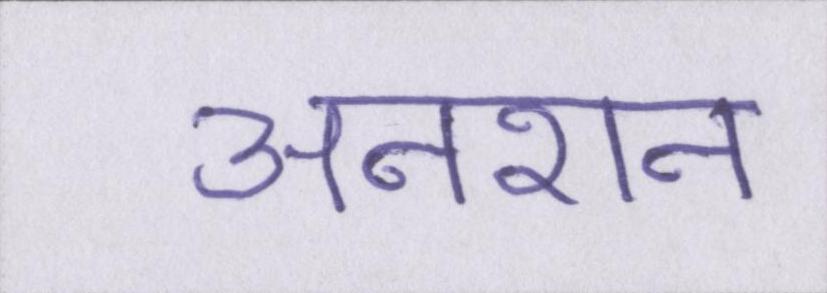
अनशन